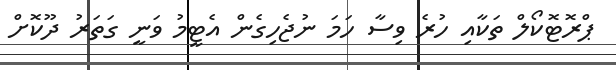
ޕްރޮޓޮކޯލް ތަކާއި ހުރެ ވިސާ ހަމަ ނުޖެހިގެން އެޓީމު ވަނީ ގަތަރު ދޫކޮށް